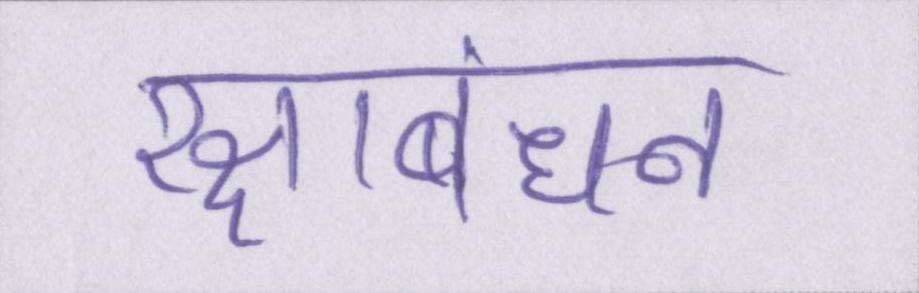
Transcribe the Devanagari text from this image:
रक्षाबंधन